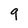
Character: 9